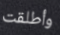
وأطلقت